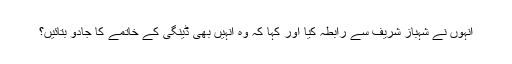
انہوں نے شہباز شریف سے رابطہ کیا اور کہا کہ وہ انہیں بھی ڈینگی کے خاتمے کا جادو بتائیں؟